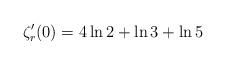
LaTeX: \begin{align*}\zeta_r^{\prime}(0) = 4 \ln 2 + \ln 3 + \ln 5\end{align*}